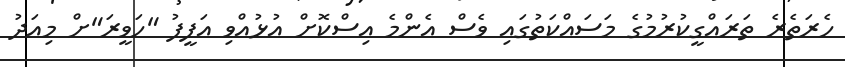
ހެރަތެރެ ތަރައްގީކުރުމުގެ މަސައްކަތުގައި ވެސް އެންމެ އިސްކޮށް އުޅުއްވި އަފީފު "ހަވީރަ"ށް މިއަދު